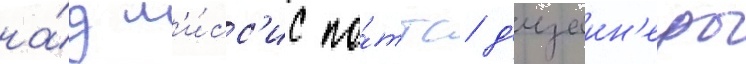
на́д м'и́сс'ис по́ттс д'изаин'еры